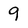
Character: 9